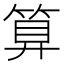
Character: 算